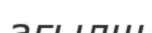
ағылш